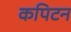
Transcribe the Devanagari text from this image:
कपिटन